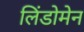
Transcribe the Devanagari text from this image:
लिंडोमेन